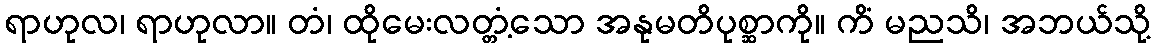
ရာဟုလ၊ ရာဟုလာ။ တံ၊ ထိုမေးလတ္တံ့သော အနုမတိပုစ္ဆာကို။ ကိံ မညသိ၊ အဘယ်သို့